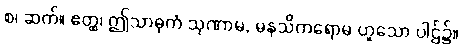
စ၊ ဆက်။ ဧတ္ထ၊ ဤသာဓုကံ သုဏာမ, မနသိကရောမ ဟူသော ပါဌ်၌။